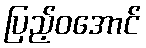
ပြည့်ဝအောင်